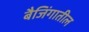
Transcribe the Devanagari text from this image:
बैजिंगातील